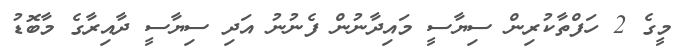
މީގެ 2 ހަފްތާކުރިން ސިޔާސީ މައިދާނުން ފެނުނު އަދި ސިޔާސީ ދާއިރާގެ މާބޮޑު